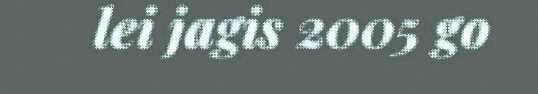
lei jagis 2005 go